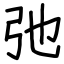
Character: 弛